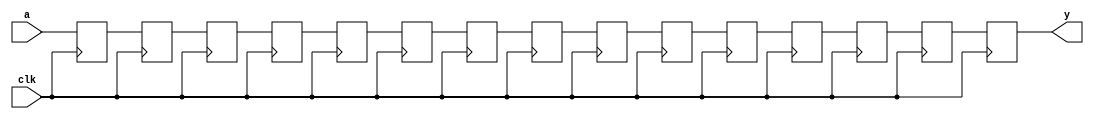
module pipeline_shif #(
    parameter N=15
    )(
    input  clk,
    input  a,
    output y
    );

    reg [N-1:0] temp;
    always@(posedge clk) begin
        temp [0] <= a;
    end

    genvar i;

    generate
        begin
            for (i = 1; i < N; i = i + 1) begin
                always@(posedge clk) begin
                    temp[i] <= temp[i-1]; 
                end
            end
        end
    endgenerate

    assign y = temp [N-1];
    
endmodule